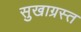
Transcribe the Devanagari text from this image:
सुखाग्रस्‍त